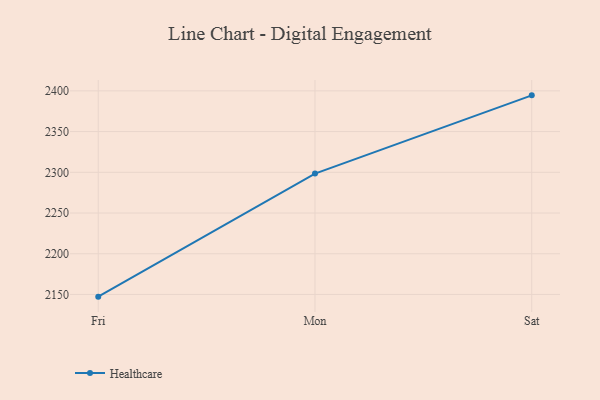
{"axis": {"x": "Day", "y": "Headcount"}, "legend": ["Healthcare"], "data": [{"x": "Fri", "y": 2147.3, "type": "Healthcare"}, {"x": "Mon", "y": 2298.4, "type": "Healthcare"}, {"x": "Sat", "y": 2394.5, "type": "Healthcare"}]}